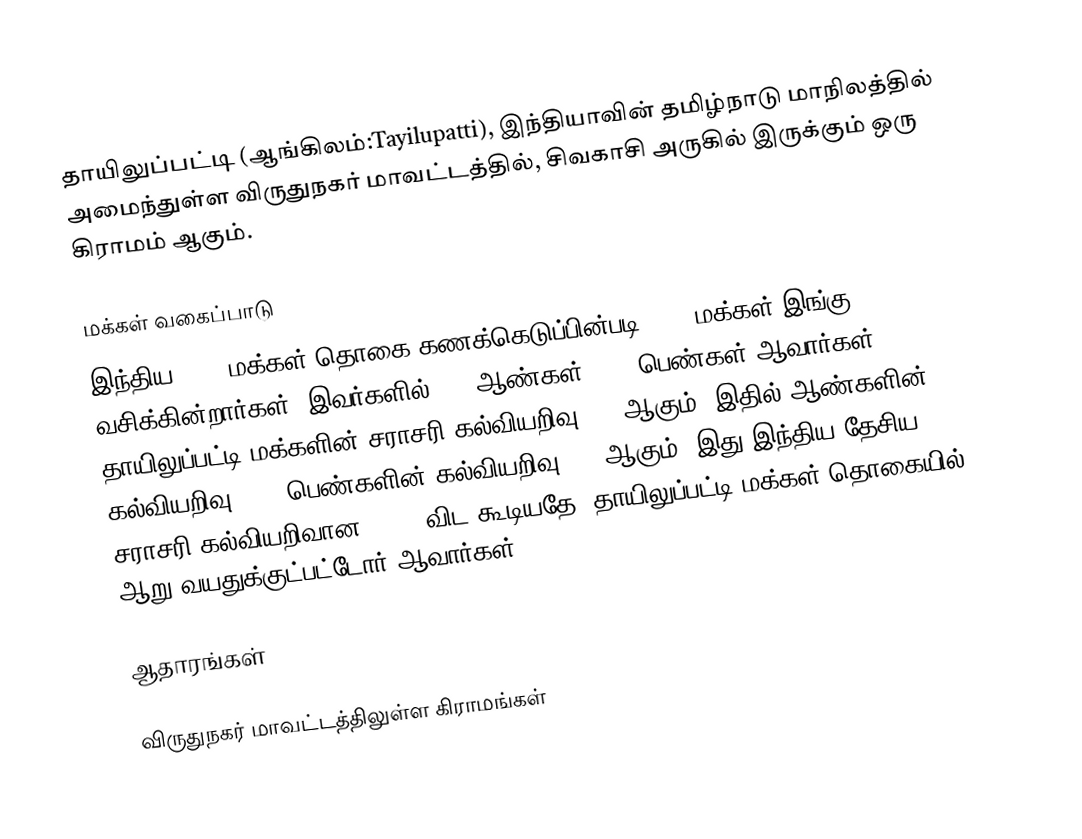
தாயிலுப்பட்டி (ஆங்கிலம்:Tayilupatti), இந்தியாவின் தமிழ்நாடு மாநிலத்தில் அமைந்துள்ள விருதுநகர் மாவட்டத்தில், சிவகாசி அருகில்  இருக்கும் ஒரு கிராமம் ஆகும்.

மக்கள் வகைப்பாடு
இந்திய 2001 மக்கள் தொகை கணக்கெடுப்பின்படி 8771 மக்கள் இங்கு வசிக்கின்றார்கள். இவர்களில் 49% ஆண்கள், 51% பெண்கள் ஆவார்கள். தாயிலுப்பட்டி மக்களின் சராசரி கல்வியறிவு 62% ஆகும்,  இதில் ஆண்களின் கல்வியறிவு 72%,  பெண்களின் கல்வியறிவு 52% ஆகும். இது இந்திய தேசிய சராசரி கல்வியறிவான 59.5% விட கூடியதே. தாயிலுப்பட்டி மக்கள் தொகையில் 12%  ஆறு வயதுக்குட்பட்டோர் ஆவார்கள்.

ஆதாரங்கள்

விருதுநகர் மாவட்டத்திலுள்ள கிராமங்கள்